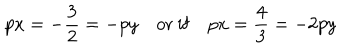
p x = - \frac { 3 } { 2 } = - p y \quad \mathrm { o r \ i f } \quad p x = \frac { 4 } { 3 } = - 2 p y